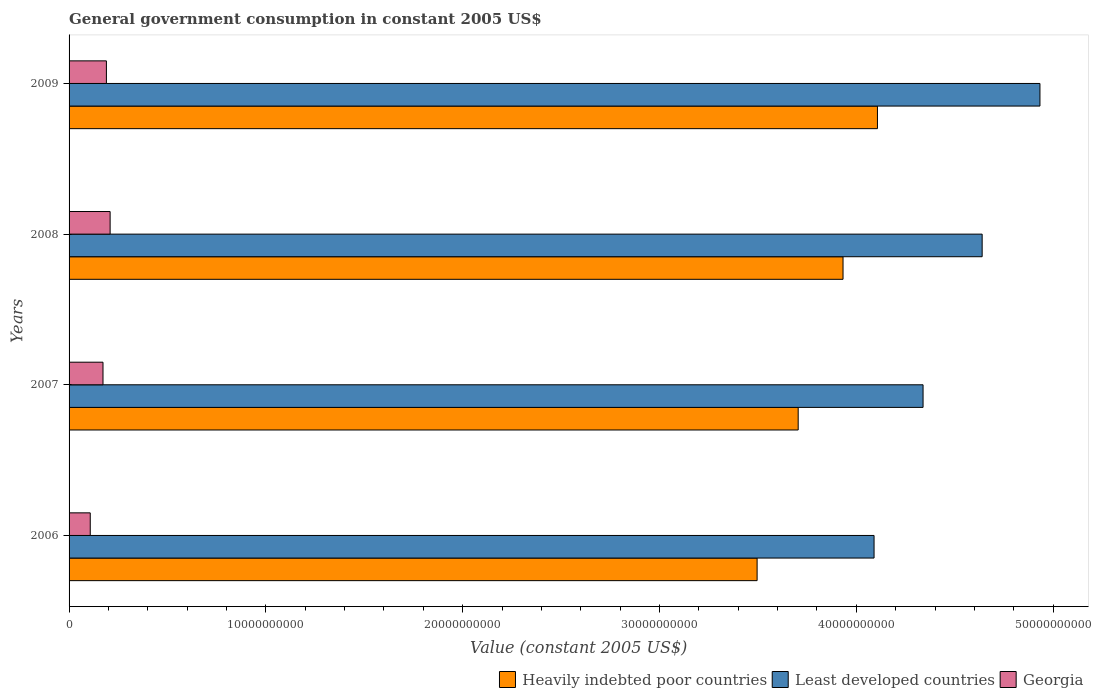
| Years | Heavily indebted poor countries | Least developed countries | Georgia |
 | --- | --- | --- | --- |
 | 2006 | 3.5e+10 | 4.09e+10 | 1.08e+09 |
 | 2007 | 3.7e+10 | 4.34e+10 | 1.72e+09 |
 | 2008 | 3.93e+10 | 4.64e+10 | 2.09e+09 |
 | 2009 | 4.11e+10 | 4.93e+10 | 1.9e+09 |